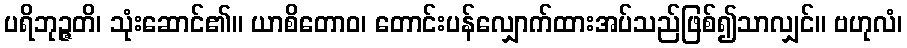
ပရိဘုဉ္ဇတိ၊ သုံးဆောင်၏။ ယာစိတောဝ၊ တောင်းပန်လျှောက်ထားအပ်သည်ဖြစ်၍သာလျှင်။ ဗဟုလံ၊